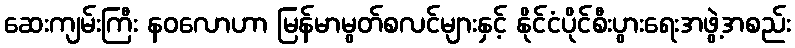
ဆေးကျမ်းကြီး နဝလောဟာ မြန်မာမွတ်စလင်များနှင့် နိုင်ငံပိုင်စီးပွားရေးအဖွဲ့အစည်း